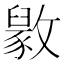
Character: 𫿘